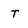
Character: t